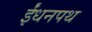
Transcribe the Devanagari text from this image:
ईंधनपथ